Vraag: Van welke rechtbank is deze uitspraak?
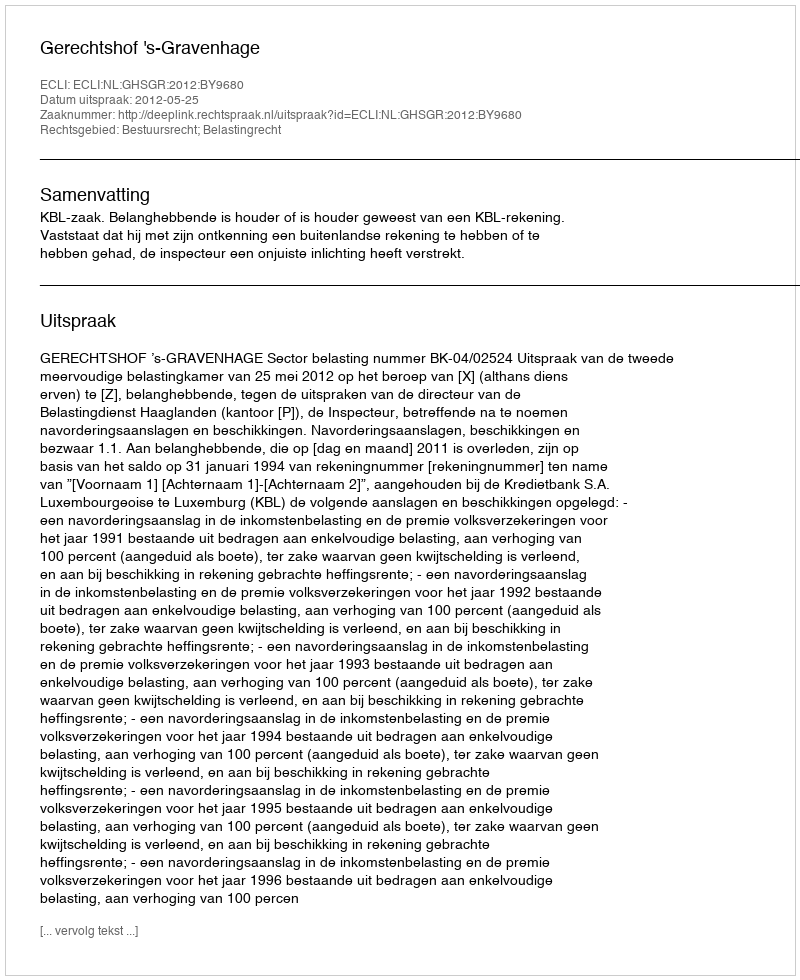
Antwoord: Gerechtshof 's-Gravenhage